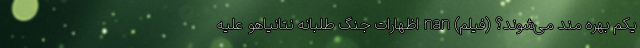
یکم بهره مند می‌شوند؟ (فیلم) nan اظهارات جنگ طلبانه نتانیاهو علیه